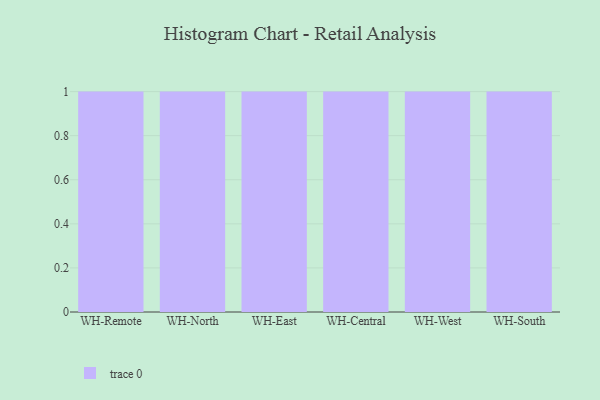
{"axis": {"x": "Warehouse", "y": "Budget (USD K)"}, "legend": [""], "data": [{"x": "WH-Remote", "y": 43, "type": ""}, {"x": "WH-North", "y": 79, "type": ""}, {"x": "WH-East", "y": 14, "type": ""}, {"x": "WH-Central", "y": 28, "type": ""}, {"x": "WH-West", "y": 95, "type": ""}, {"x": "WH-South", "y": 68, "type": ""}]}